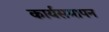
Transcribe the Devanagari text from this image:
कार्यसमापन